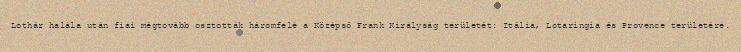
Lothár halála után fiai mégtovább osztották háromfelé a Középső Frank Királyság területét: Itália, Lotaringia és Provence területére.